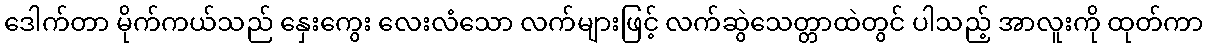
ဒေါက်တာ မိုက်ကယ်သည် နှေးကွေး လေးလံသော လက်များဖြင့် လက်ဆွဲသေတ္တာထဲတွင် ပါသည့် အာလူးကို ထုတ်ကာ